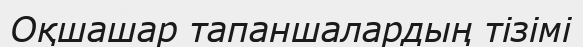
Оқшашар тапаншалардың тізімі